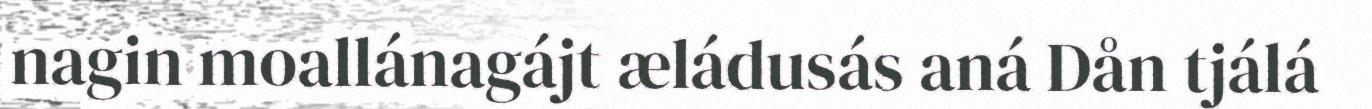
nagin moallánagájt æládusás aná Dån tjálá